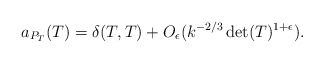
\begin{align*} a_{P_T}(T) = \delta(T, T) + O_{\epsilon}(k^{-2/3}\det(T)^{1+\epsilon}).\end{align*}